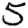
Digit: 5